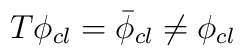
T\phi _{cl}=\bar{\phi }_{cl}\neq \phi _{cl}